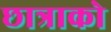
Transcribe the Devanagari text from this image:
छात्राको